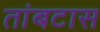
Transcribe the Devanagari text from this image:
तांबटास